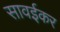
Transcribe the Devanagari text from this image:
सावईकर